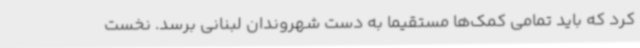
کرد که باید تمامی کمک‌ها مستقیماً به دست شهروندان لبنانی برسد. نخست